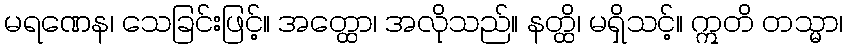
မရဏေန၊ သေခြင်းဖြင့်။ အတ္ထော၊ အလိုသည်။ နတ္ထိ၊ မရှိသင့်။ ဣတိ တသ္မာ၊